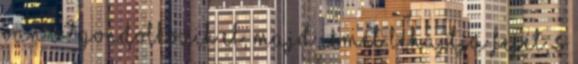
van ő? Gondolkozik el, majd ismét lehajtja fejét, s